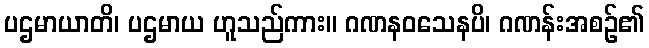
ပဌမာယာတိ၊ ပဌမာယ ဟူသည်ကား။ ဂဏနဝသေနပိ၊ ဂဏန်းအစဉ်၏